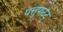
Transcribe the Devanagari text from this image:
पत्तुपाटटु